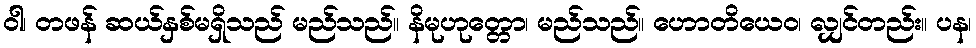
ဝါ၊ တဖန် ဆယ်နှစ်မရှိသည် မည်သည်။ နိမုဟုတ္တော၊ မည်သည်။ ဟောတိယေဝ၊ လျှင်တည်း။ ပန၊